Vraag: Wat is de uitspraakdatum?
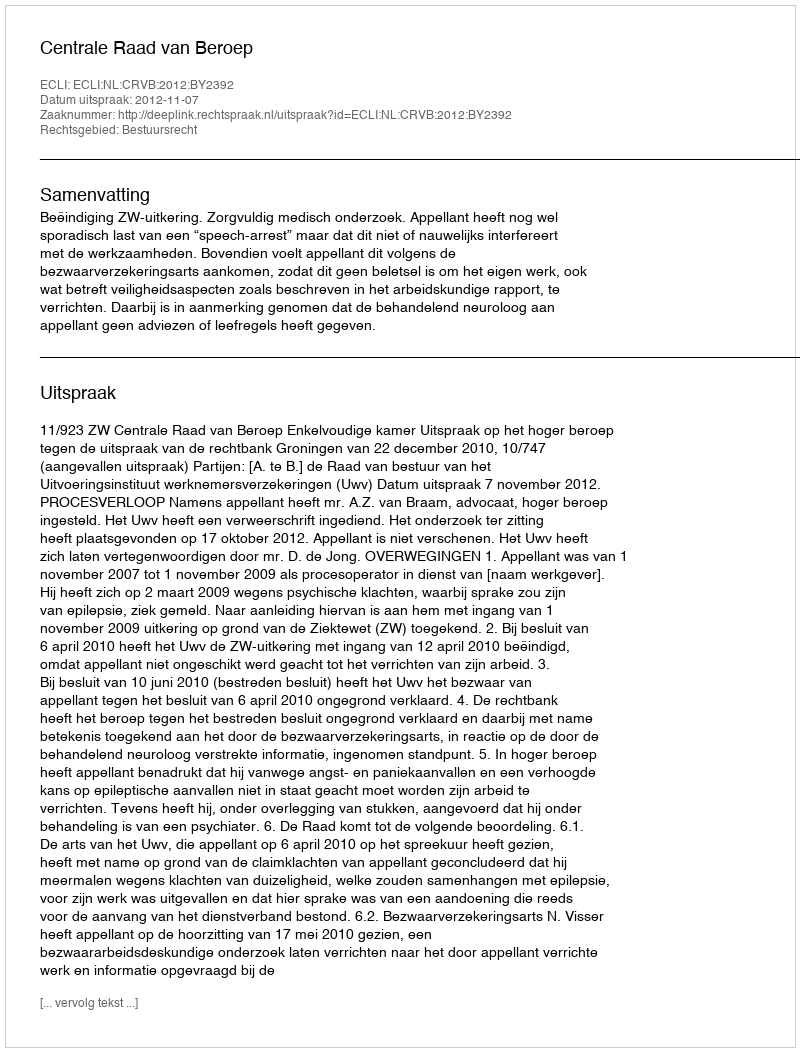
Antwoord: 2012-11-07